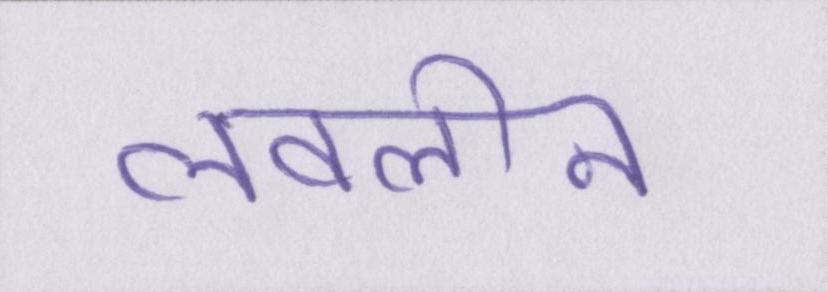
लवलीन